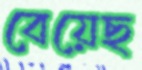
বেয়েছ